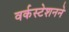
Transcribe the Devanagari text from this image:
वर्कस्टेशनने